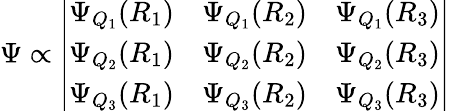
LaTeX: \Psi\propto\left|\begin{array}{ccc}{\Psi_{Q_{1}}(R_{1})}&{\Psi_{Q_{1}}(R_{2})}&{\Psi_{Q_{1}}(R_{3})}\\ {\Psi_{Q_{2}}(R_{1})}&{\Psi_{Q_{2}}(R_{2})}&{\Psi_{Q_{2}}(R_{3})}\\ {\Psi_{Q_{3}}(R_{1})}&{\Psi_{Q_{3}}(R_{2})}&{\Psi_{Q_{3}}(R_{3})}\end{array}\right|